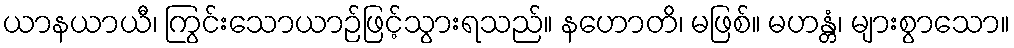
ယာနယာယီ၊ ကြွင်းသောယာဉ်ဖြင့်သွားရသည်။ နဟောတိ၊ မဖြစ်။ မဟန္တံ၊ များစွာသော။